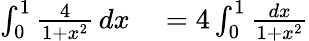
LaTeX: \begin{array}{rl}{\int_{0}^{1}{\frac{4}{1+x^{2}}}\, dx}&{{}=4\int_{0}^{1}{\frac{dx}{1+x^{2}}}}\end{array}